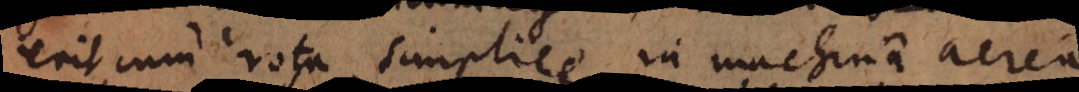
erit cum rota simplice in machina aerea